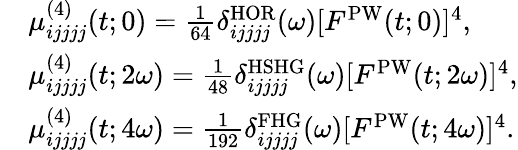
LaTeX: \begin{array}{rl}&{\mu_{ijjjj}^{(4)}(t;0)=\frac{1}{64}\delta_{ijjjj}^{\mathrm{HOR}}(\omega)[F^{\mathrm{PW}}(t;0)]^{4},}\\ &{\mu_{ijjjj}^{(4)}(t;2\omega)=\frac{1}{48}\delta_{ijjjj}^{\mathrm{HSHG}}(\omega)[F^{\mathrm{PW}}(t;2\omega)]^{4},}\\ &{\mu_{ijjjj}^{(4)}(t;4\omega)=\frac{1}{192}\delta_{ijjjj}^{\mathrm{FHG}}(\omega)[F^{\mathrm{PW}}(t;4\omega)]^{4}.}\end{array}